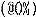
((@6%)